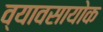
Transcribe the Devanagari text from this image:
व्यावसायोक